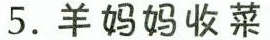
5.羊妈妈收菜